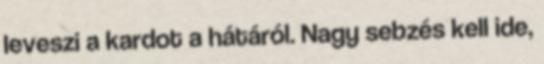
leveszi a kardot a hátáról. Nagy sebzés kell ide,